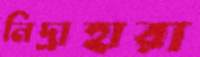
নিদ্রাহারা